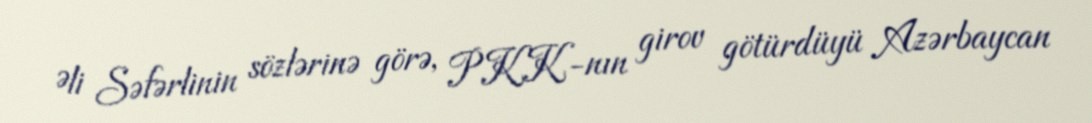
Əli Səfərlinin sözlərinə görə, PKK-nın girov götürdüyü Azərbaycan